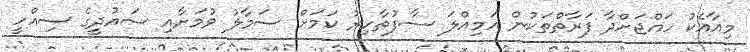
މިއާއެކު ހައްޖަށްދާ ފަރާތްތަކުން އަމިއްލަ ސާފުތާހިރު ކަމަށް ސަމާލު ވުމަށާއި ސައުދީގެ ސިއްހީ